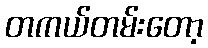
တကယ်တမ်းတော့